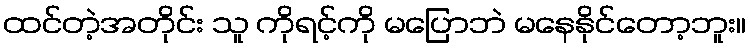
ထင်တဲ့အတိုင်း သူ ကိုရင့်ကို မပြောဘဲ မနေနိုင်တော့ဘူး။